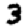
Digit: 3